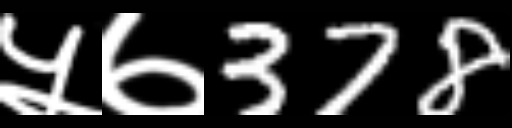
Text: ५७378